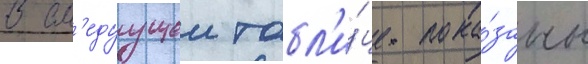
В сл'едуущеи табл'и́це пока́заны